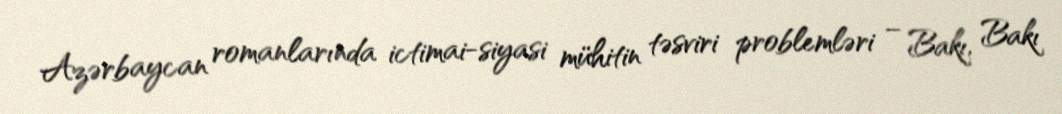
Azərbaycan romanlarında ictimai-siyasi mühitin təsviri problemləri – Bakı, Bakı